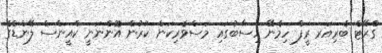
ގްރޭޓް ބެރިއަރ ރީފް ހިމެނޭ ހިސާބުގައި މަސްވެރިކަން ކުރުން އޮންނަނީ ކްއީންސް ލޭންޑްގެ